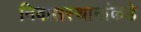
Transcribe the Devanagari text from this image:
निवासस्थानांकडे